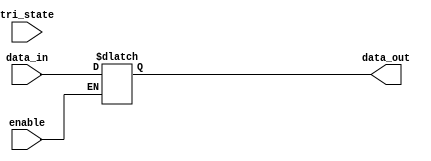
module io_buffer (
    input wire data_in,
    input wire enable,
    input wire tri_state,
    output reg data_out
);

always @ (enable)
begin
    if (enable)
    begin
        if (tri_state)
            data_out <= 1'bz; // high-impedance state
        else
            data_out <= data_in; // data from input pins
    end
end

endmodule